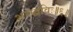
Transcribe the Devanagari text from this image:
शरद्धविः॥६॥